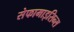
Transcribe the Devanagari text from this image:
सेफामाइसिन्स